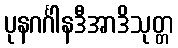
ပုနဂင်္ဂါနဒီအာဒိသုတ္တ